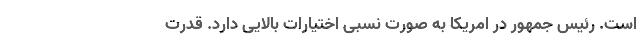
است. رئیس جمهور در امریکا به صورت نسبی اختیارات بالایی دارد. قدرت